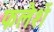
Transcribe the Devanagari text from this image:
फलैशें